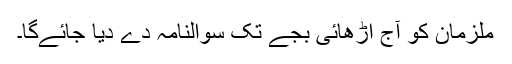
ملزمان کو آج اڑھائی بجے تک سوالنامہ دے دیا جائےگا۔